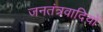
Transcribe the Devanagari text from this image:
जनतंत्रवादियों